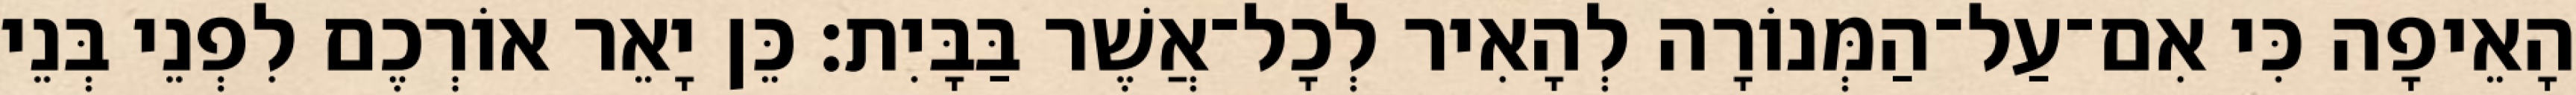
הָאֵיפָה כִּי אִם־עַל־הַמְּנוֹרָה לְהָאִיר לְכָל־אֲשֶׁר בַּבָּיִת׃ כֵּן יָאֵר אוֹרְכֶם לִפְנֵי בְּנֵי